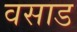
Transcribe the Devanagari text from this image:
वसाड